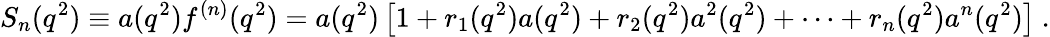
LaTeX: S_{n}(q^{2})\equiv a(q^{2})f^{(n)}(q^{2})=a(q^{2})\left[1+r_{1}(q^{2})a(q^{2})+r_{2}(q^{2})a^{2}(q^{2})+\cdots+r_{n}(q^{2})a^{n}(q^{2})\right]\ .